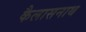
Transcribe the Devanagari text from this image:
कैलासनाथ